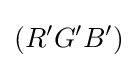
(R^{\prime }G^{\prime }B^{\prime })